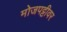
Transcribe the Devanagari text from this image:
मोजपट्टीवर